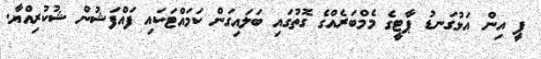
ޕީ އިން އަޅުގަނޑު ޕާޓީގެ މެމްބަރެއްގެ ގޮތުގައި ބަލައިގަން ކަމައްޓަކައި ފައްފަޝުން ޝުކުރިއްޔާ.